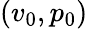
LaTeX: (v_{0},p_{0})